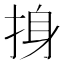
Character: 㧶